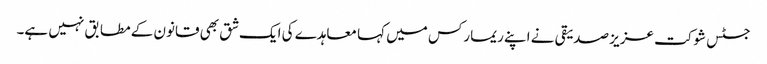
جسٹس شوکت عزیز صدیقی نے اپنے ریمارکس میں کہا معاہدے کی ایک شق بھی قانون کے مطابق نہیں ہے۔